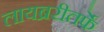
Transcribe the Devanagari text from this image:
लायब्ररीतर्फे